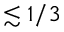
\lesssim 1 / 3